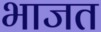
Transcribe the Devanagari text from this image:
भाजत